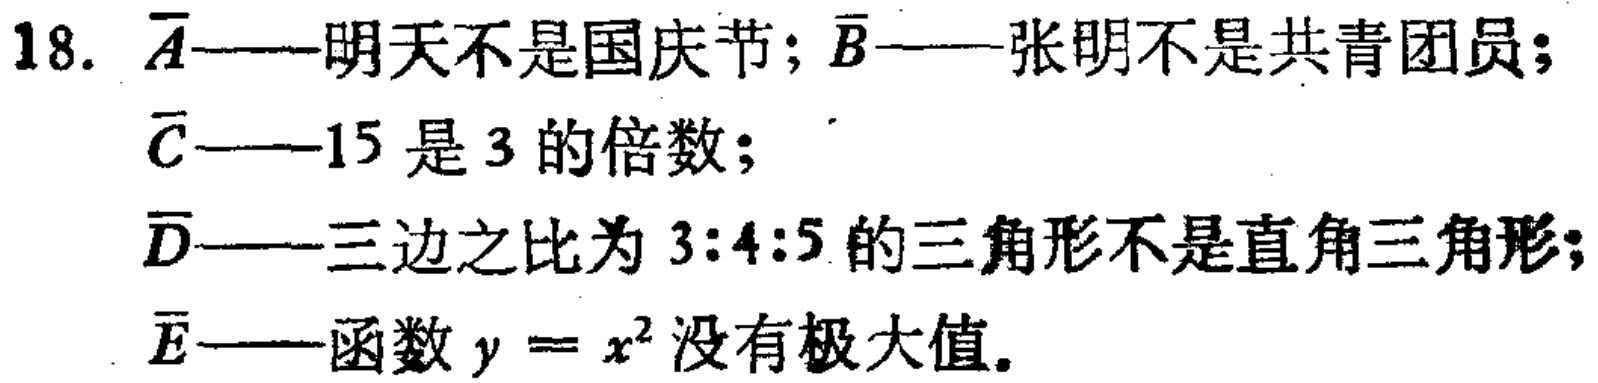
18. $\overline{A}$——明天不是国庆节; $\overline{B}$——张明不是共青团员;

$\overline{C}$——15 是 3 的倍数;

$\overline{D}$——三边之比为 3:4:5 的三角形不是直角三角形;

$\overline{E}$——函数 $y = x^{2}$ 没有极大值.